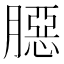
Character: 𦠲